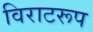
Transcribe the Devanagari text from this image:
विराटरूप